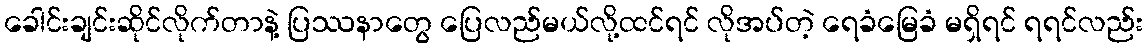
ခေါင်းချင်းဆိုင်လိုက်တာနဲ့ ပြဿနာတွေ ပြေလည်မယ်လို့ထင်ရင် လိုအပ်တဲ့ ရေခံမြေခံ မရှိရင် ရရင်လည်း